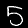
Digit: 5